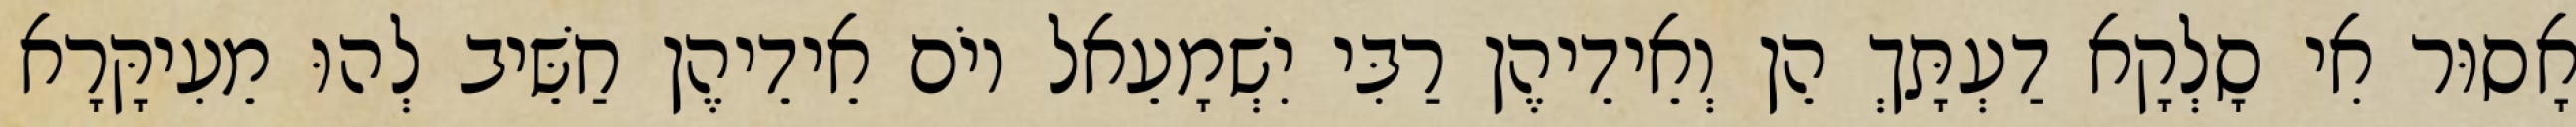
אָסוּר אִי סָלְקָא דַעְתָּךְ הֵן וְאֵידֵיהֶן רַבִּי יִשְׁמָעֵאל יוֹם אֵידֵיהֶן חַשֵּׁיב לְהוּ מֵעִיקָּרָא